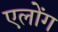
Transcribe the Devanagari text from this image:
एलोंग